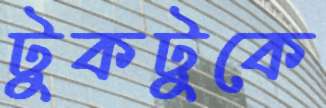
টুকটুকে